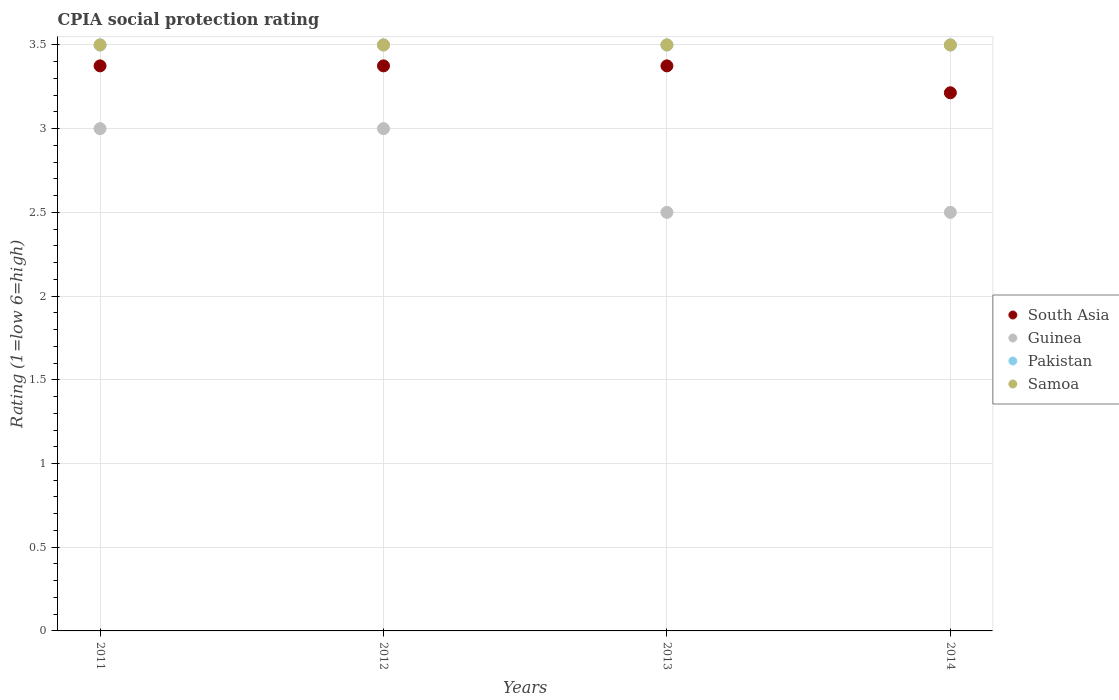
| Years | South Asia | Guinea | Pakistan | Samoa |
 | --- | --- | --- | --- | --- |
 | 2011 | 3.38 | 3 | 3.5 | 3.5 |
 | 2012 | 3.38 | 3 | 3.5 | 3.5 |
 | 2013 | 3.38 | 2.5 | 3.5 | 3.5 |
 | 2014 | 3.21 | 2.5 | 3.5 | 3.5 |